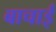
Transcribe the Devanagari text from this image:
बाचाई